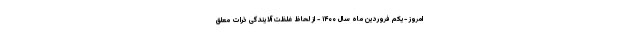
امروز -یکم فروردین ماه سال ۱۴۰۰ - از لحاظ غلظت آلایندگی ذرات معلق